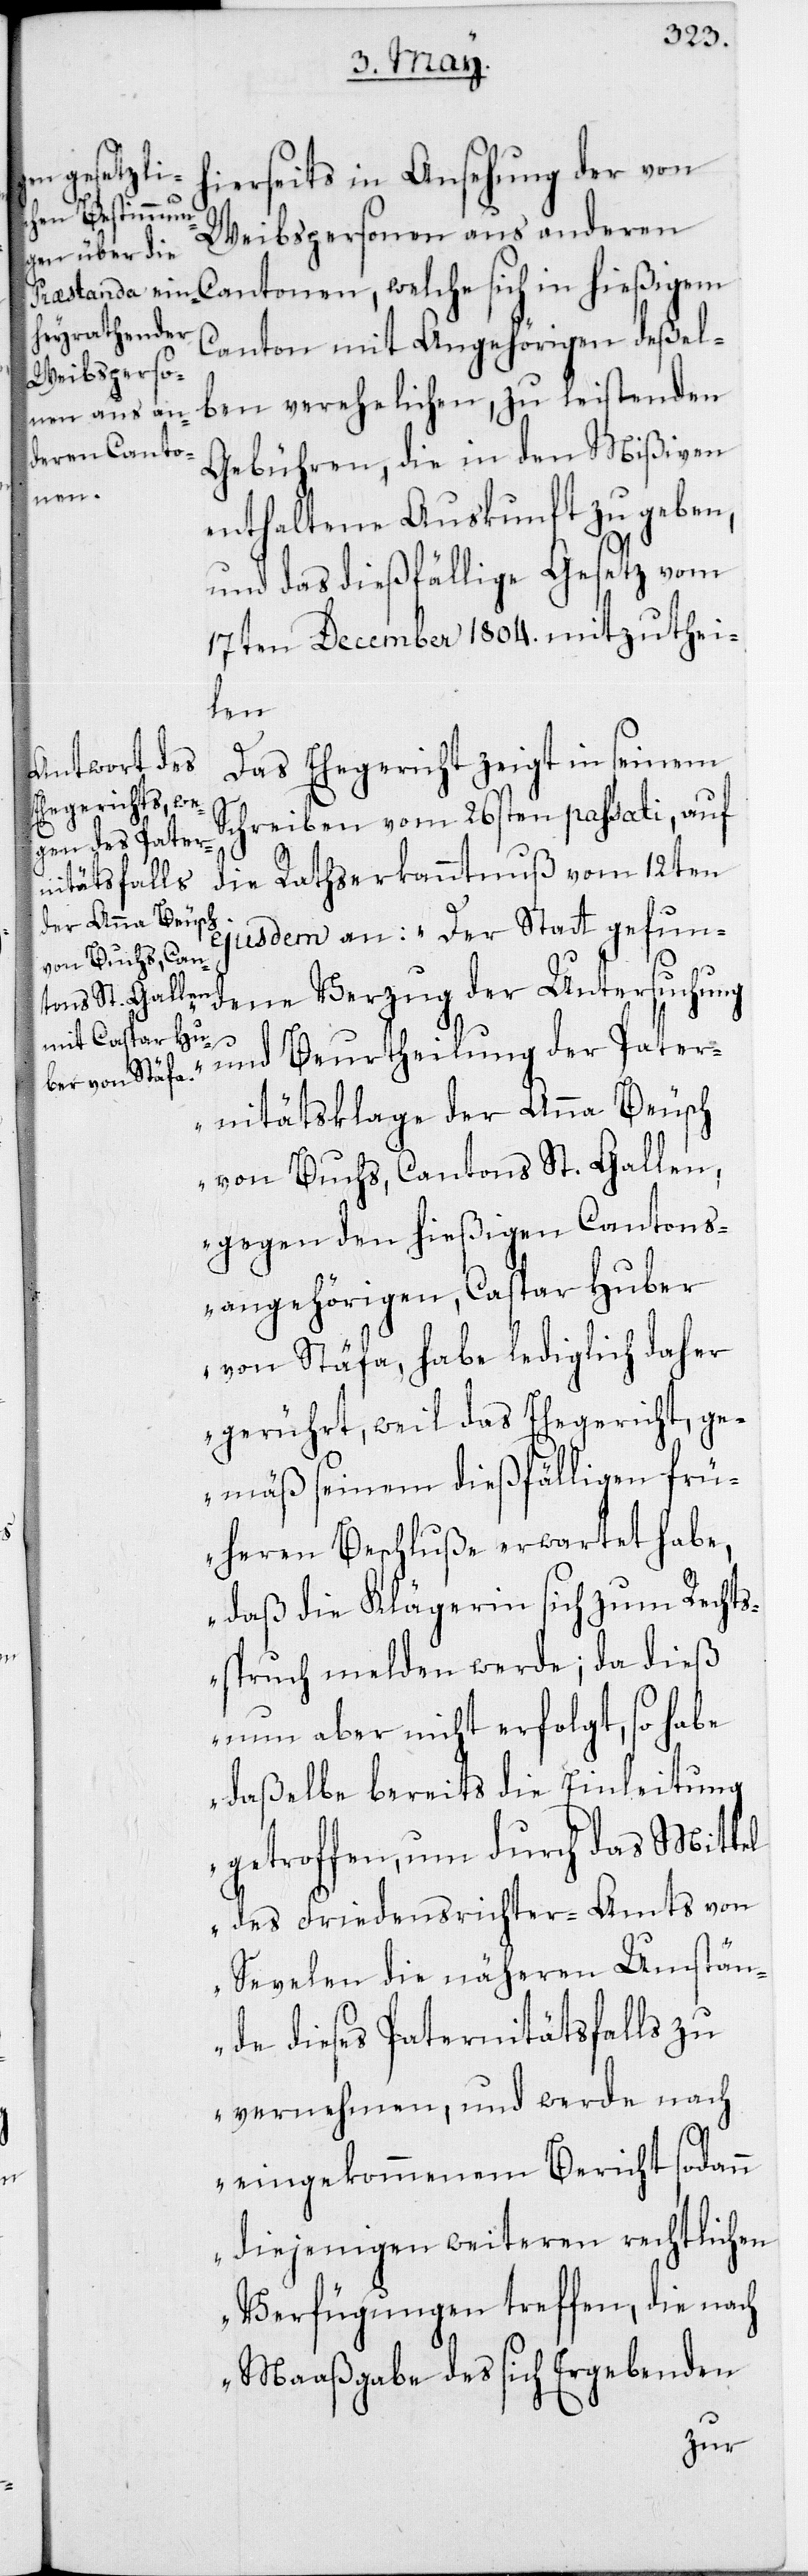
hierseits in Ansehung der von
Weibspersonen aus anderen
Cantonen, welche sich in hießigem
Canton mit Angehörigen deßel¬
ben verehelichen, zu leistenden
Gebühren, die in den Mißiven
enthaltene Auskunft zu geben,
und das dießfällige Gesetz vom
17ten December 1804. mitzuthei¬
len.
Das Ehegericht zeigt in seinem
Schreiben vom 26sten passati, auf
ejusdem an: „Der Statt gefun¬
dene Verzug der Untersuchung
und Beurtheilung der Pater¬
nitätsklage der Anna Beusch
von Buchs, Cantons St. Gallen,
gegen den hießigen Cantons¬
angehörigen, Caspar Huber
von Stäfa, habe lediglich daher
gerührt, weil das Ehegericht ge¬
mäß seinem dießfälligen frü¬
heren Beschluße erwartet habe,
daß die Klägerin sich zum Rechts¬
spruch melden werde; da dieß
nun aber nicht erfolgt, so habe
daßelbe bereits die Einleitung
getroffen, um durch das Mittel
des Friedensrichter-Amts von
Sevelen die näheren Umstän¬
de dieses Paternitätsfalls zu
vernehmen, und werde nach
eingekommenem Bericht sodann
diejenigen weiteren rechtlichen
Verfügungen treffen, die nach
Maaßgabe des sich Ergebenden